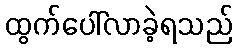
ထွက်ပေါ်လာခဲ့ရသည်